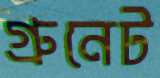
গ্রুনেট